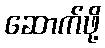
ဆောက်ဖို့